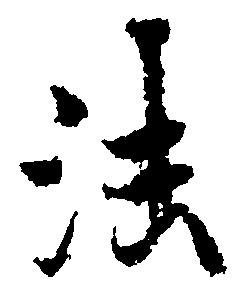
法